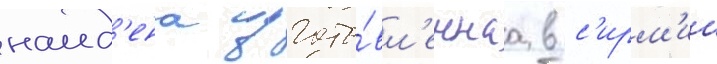
наид'ена изгото́вл'еннаа в с'ирм'ии